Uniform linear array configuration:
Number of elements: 12
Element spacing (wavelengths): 0.25
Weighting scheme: blackman
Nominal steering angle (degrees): -15
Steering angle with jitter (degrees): -14.673
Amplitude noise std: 0.05
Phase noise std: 0.05

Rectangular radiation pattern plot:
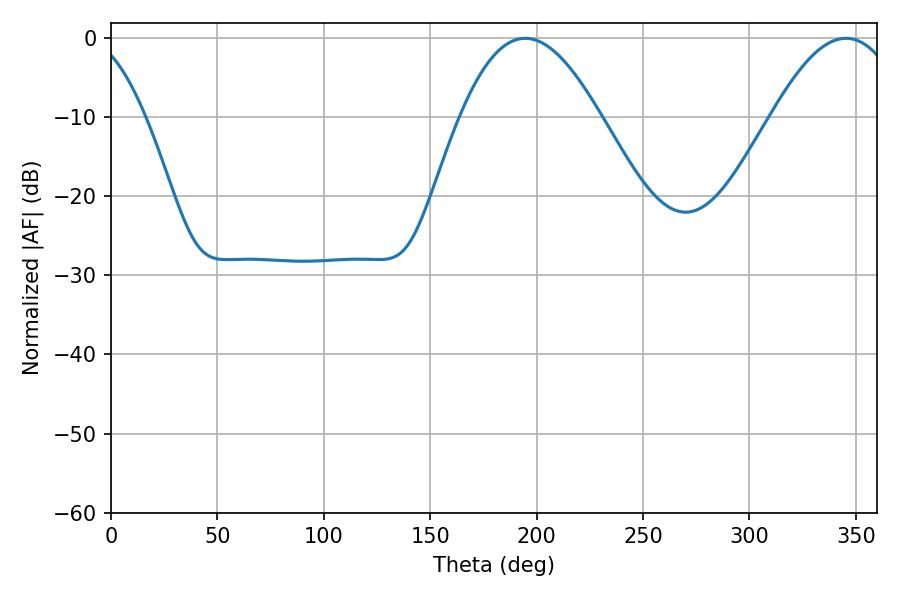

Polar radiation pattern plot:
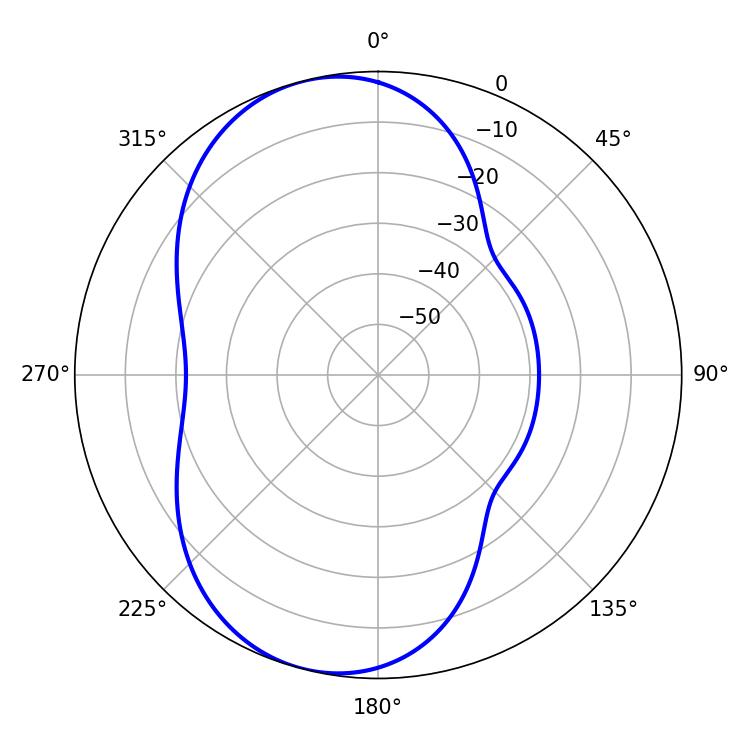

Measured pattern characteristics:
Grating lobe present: FALSE
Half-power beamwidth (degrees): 35.82
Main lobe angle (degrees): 194.58